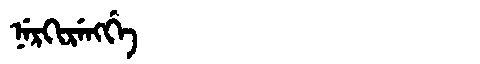
Manchu: ᠨᡝᡵᡴᡳᡵᡝᠩᡤᡝ
Romanization: NERKIRENGGE